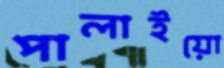
পালাইয়ো